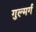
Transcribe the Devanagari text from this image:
गुल्मर्ग